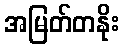
အမြတ်တနိုး